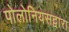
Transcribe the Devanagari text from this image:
पोलोनियसद्वारा